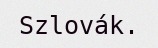
Szlovák.